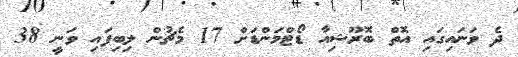
ދެ ވަނައިގައި އޮތް ބޮރޫޝިއާ ޑޯޓްމަންޑަށް 17 މެޗުން ލިބިފައި ވަނީ 38